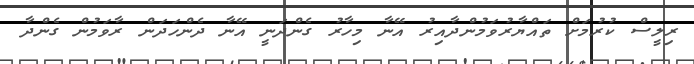
ރިލީސް ކުރުމަށް ތައްޔާރުވަމުންދާއިރު އޭނާ މިހާރު ގެންދަނީ އޭނާ ދެންހަދަން ރާވަމުން ގެންދާ